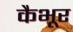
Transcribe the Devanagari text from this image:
कैभूर